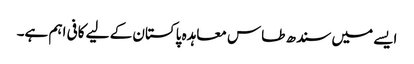
ایسے میں سندھ طاس معاہدہ پاکستان کے لیے کافی اہم ہے۔